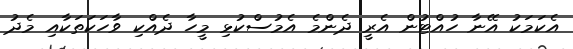
އެކަމަކު އޭނާ ހުއްޓުން އެރީ ދެންމެ އެމުސްކުޅި މީހާ ދެއްކި ވާހަކަތަކާއި މެދު